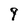
Character: 9